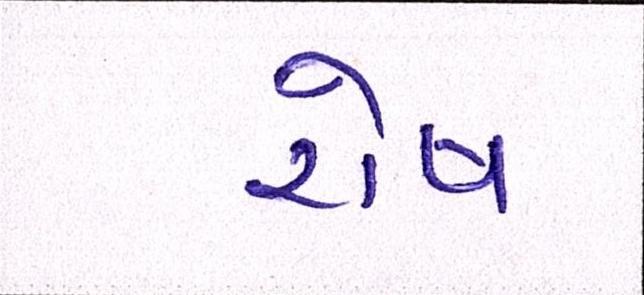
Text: રોષ